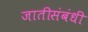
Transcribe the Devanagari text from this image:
जातीसंबंधीं